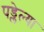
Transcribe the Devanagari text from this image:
पड्लेल्या